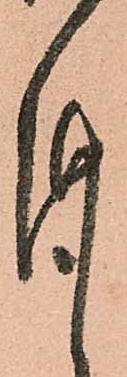
謹